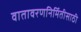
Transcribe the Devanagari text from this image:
वातावरणनिर्मितीसाठी